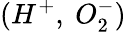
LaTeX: (H^{+},~O_{2}^{-})